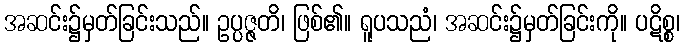
အဆင်း၌မှတ်ခြင်းသည်။ ဥပ္ပဇ္ဇတိ၊ ဖြစ်၏။ ရူပသညံ၊ အဆင်း၌မှတ်ခြင်းကို။ ပဋိစ္စ၊